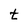
Character: t